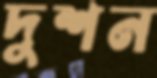
দুশন